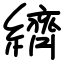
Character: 纃